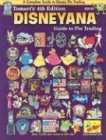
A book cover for Tomart's 4th Edition Disneyana Guide to Pin Trading; Tom Tumbusch; Crafts, Hobbies & Home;